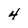
Character: 4